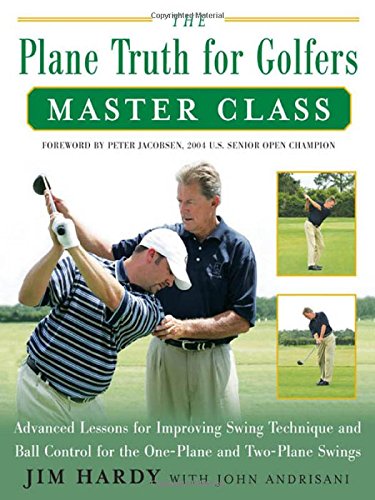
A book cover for The Plane Truth for Golfers Master Class: Advanced Lessons for Improving Swing Technique and Ball Control for One-Plane and Two-Plane Swings; Jim Hardy; Sports & Outdoors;